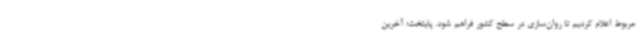
مربوط اعلام کردیم تا روان‌سازی در سطح کشور فراهم شود. پایتخت؛ آخرین